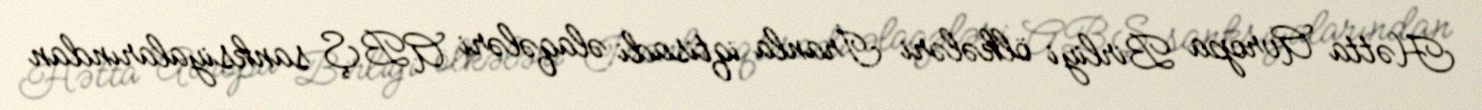
Hətta Avropa Birliyi ölkələri İranla iqtisadi əlaqələri ABŞ sanksiyalarından